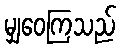
မျှဝေကြသည်